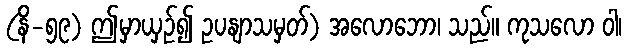
(နိ-၅၉) ဤမှာယှဉ်၍ ဥပနျာသမှတ်) အလောဘော၊ သည်။ ကုသလော ဝါ၊